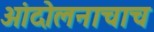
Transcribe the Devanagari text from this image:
आंदोलनाचाच